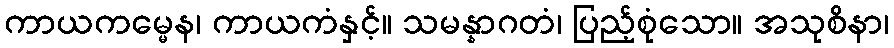
ကာယကမ္မေန၊ ကာယကံနှင့်။ သမန္နာဂတံ၊ ပြည့်စုံသော။ အသုစိနာ၊